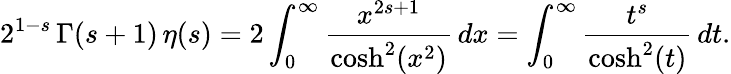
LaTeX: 2^{1-s}\, \Gamma(s+1)\, \eta(s)=2\int_{0}^{\infty}{\frac{x^{2s+1}}{\cosh^{2}(x^{2})}}\, dx=\int_{0}^{\infty}{\frac{t^{s}}{\cosh^{2}(t)}}\, dt.